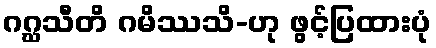
ဂဂ္ဃသီတိ ဂမိဿသိ-ဟု ဖွင့်ပြထားပုံ